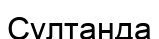
Сұлтанда